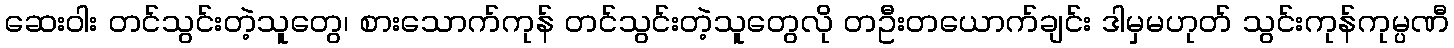
ဆေးဝါး တင်သွင်းတဲ့သူတွေ၊ စားသောက်ကုန် တင်သွင်းတဲ့သူတွေလို တဦးတယောက်ချင်း ဒါမှမဟုတ် သွင်းကုန်ကုမ္ပဏီ